Civil Veterinary Department. United Provinces 1932-42 - 1932-1942
Year: 1932
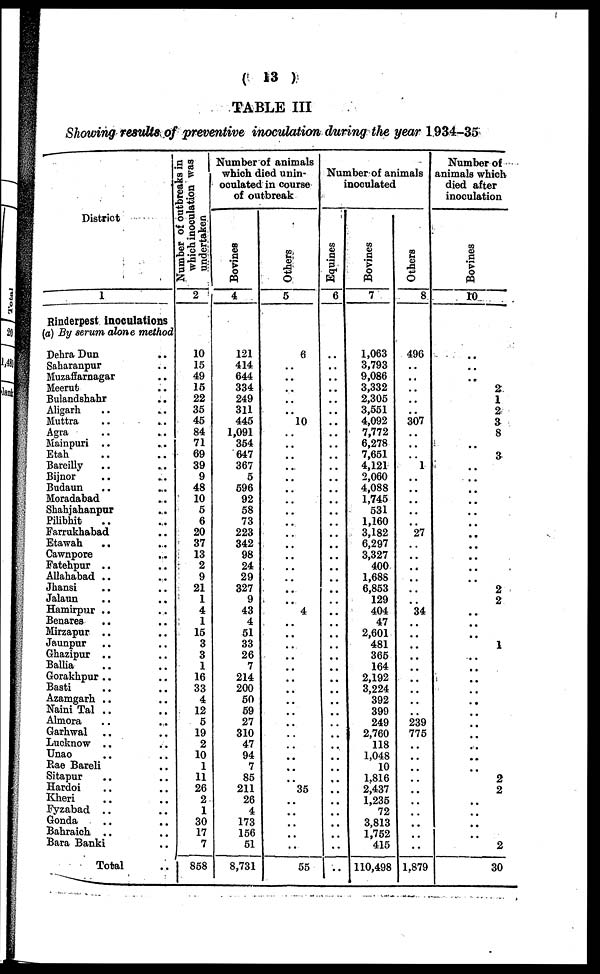
(13)
TABLE III
Showing results of preventive inoculation during the year 1934-35
District
1
Rinderpest inoculations
(a) By serum alone method
Debra Dun ..
Saharanpur ..
Muzaffarnagar ..
Meerut ...
Bulandshahr ..
Aligarh .. ..
Muttra .. ..
Agra
Mainpuri .. ...
Etah .. ..
Bareilly .. ..
Bijnor .. ..
Budaun .. ..
Moradabad .. ..
Sbahjahanpur ..
Pilibhit .. ..
Farrukhabad .. ..
Etawah .. ..
Cawnpore
..
Fatehpur .. ..
Allahabad
Jhansi .. ..
Jalaun .. ..
Hamirpur .. ..
Benares
.. ..
Mirzapur .. ..
Jaunpur .. ..
Ghazipur .. ..
Ballia .. ..
Gorakhpur .. ..
Basti .. ..
Azamgarh .. ..
Naini Tal .. ..
Almora .. ..
Garhwal .. ..
Lucknow .. ..
Unao .. ..
Rae Bareli ..
Sitapur .. ..
Hardoi .. ..
Kheri .. ..
Fyzabad .. ..
Gonda .. ..
Bahraich .. ..
Bara Banki ..
Total ..
Number of outbreaks in
which inoculation was
undertaken
2
10
15
49
15
22
35
45
84
71
69
39
9
48
10
5
6
20
37
13
2
9
21
1
4
1
15
3
3
1
16
33
4
12
5
19
2
10
1
11
26
2
1
30
17
7
858
Number of animals
which died unin-
oculated in course
of outbreak
Bovines
4
121
414
644
334
249
311
445
1,091
354
647
367
5
596
92
58
73
223
342
98
24
29
327
9
43
4
51
33
26
7
214
200
50
59
27
310
47
94
7
85
211
26
4
173
156
51
8,731
Others
5
6
..
..
..
..
..
10
..
..
..
..
..
..
..
..
..
..
..
..
..
..
..
..
4
..
..
..
..
..
..
..
..
..
..
..
..
..
..
..
35
..
..
..
..
..
55
Number of animals
inoculated
Equines
6
..
..
..
..
..
..
..
..
..
..
..
..
..
..
..
..
..
..
..
..
..
..
..
..
..
..
..
..
..
..
..
..
..
..
..
..
..
..
..
..
..
..
..
..
..
..
Bovines
7
1,063
3,793
9,086
3,332
2,305
3,551
4,092
7,772
6,278
7,651
4,121
2,060
4,088
1,745
531
1,160
3,182
6,297
3,327
400
1,688
6,853
129
404
47
2,601
481
365
164
2,192
3,224
392
399
249
2,760
118
1,048
10
1816
2,437
1,235
72
3,813
1,752
415
110,498
Others
8
496
..
..
..
..
..
307
..
..
..
1
..
..
..
..
..
27
..
..
..
..
..
..
34
..
..
..
..
..
..
..
..
..
239
775
..
..
..
..
..
..
..
..
..
..
1,879
Number of
animals which
died after
inoculation
Bovines
10
..
..
..
2
1
2
3
8
..
3
..
..
..
..
..
..
..
..
..
..
..
2
2
..
..
..
1
..
..
..
..
..
..
..
..
..
..
..
2
2
..
..
..
..
2
30